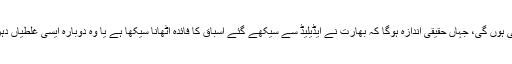
اب سب کی نظریں اگلے بدھ سے برسبین پر جمی ہوں گی، جہاں حقیقی اندازہ ہوگا کہ بھارت نے ایڈیلیڈ سے سیکھے گئے اسباق کا فائدہ اٹھانا سیکھا ہے یا وہ دوبارہ ایسی غلطیاں دہرا کر سیریز میں مزید خسارے سے دوچار ہوگا۔